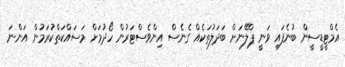
އެމްޓީޑީސީން ބުނެފައި ވަނީ ޕްލޭނަށް ބަދަލުތަކެއް ގެނެސް އިންވެސްޓަރުން ހޯދުމަށް މަސައްކަތްކުރަމުން އަންނަ